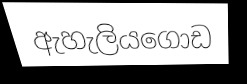
ඇහැලියගොඩ